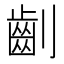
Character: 𠠚